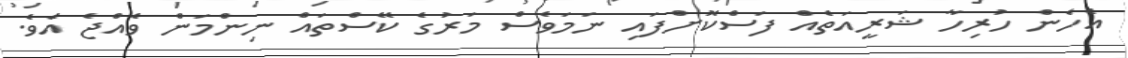
އެހެން ހުރިހާ ޝަރީއަތެއް ފަސްކޮށްފައި ނަމަވެސް މަރުގެ ކޭސްތައް ނިންމަން ވެއްޖެ އެވެ.